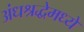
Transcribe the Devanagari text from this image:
अंधश्रद्धेमध्ये